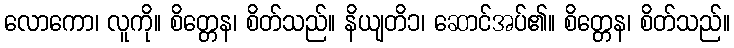
လောကော၊ လူကို။ စိတ္တေန၊ စိတ်သည်။ နိယျတိ၁၊ ဆောင်အပ်၏။ စိတ္တေန၊ စိတ်သည်။